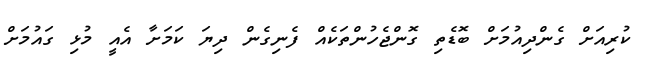
ކުރިއަށް ގެންދިއުމަށް ބޮޑެތި ގޮންޖެހުންތަކެއް ފެނިގެން ދިޔަ ކަމަށާ އެއީ މުޅި ގައުމަށް